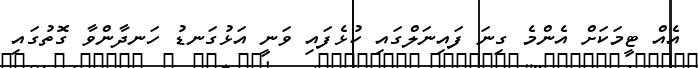
އެއް ޓީމަކަށް އެންމެ ގިނަ ފައިނަލްގައި ކުޅެފައި ވަނީ އަޅުގަނޑު ހަނދާންވާ ގޮތުގައި